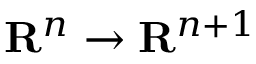
\mathbf { R } ^ { n } \to \mathbf { R } ^ { n + 1 }